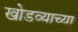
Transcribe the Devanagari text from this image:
खोडव्याच्या